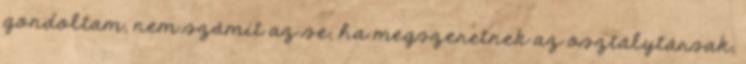
gondoltam, nem számít az se, ha megszeretnek az osztálytársak,